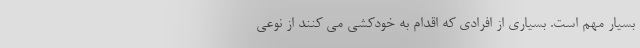
بسیار مهم است. بسیاری از افرادی که اقدام به خودکشی می کنند از نوعی